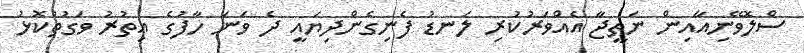
ސްލޮވޭނިއާއިން ނަތީޖާ އެއްވަރުކުރި ލަނޑު ފެނިގެންދިޔައީ ދެ ވަނަ ހާފުގެ އިތުރު ވަގުތުކޮޅު